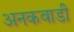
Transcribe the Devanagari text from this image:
अनकवाडी